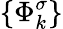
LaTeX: \{ \Phi_{k}^{\sigma}\}